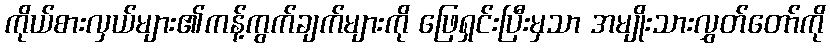
ကိုယ်စားလှယ်များ၏ကန့်ကွက်ချက်များကို ဖြေရှင်းပြီးမှသာ အမျိုးသားလွှတ်တော်ကို